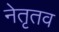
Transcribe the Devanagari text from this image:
नेतृतव